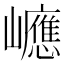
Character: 𡾶